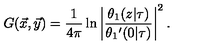
G ( \vec { x } , \vec { y } ) = { \frac { 1 } { 4 \pi } } \ln \left| { \frac { \theta _ { 1 } ( z | \tau ) } { \theta _ { 1 } { ' } ( 0 | \tau ) } } \right| ^ { 2 } .